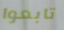
تابعوا